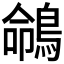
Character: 𪂤